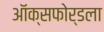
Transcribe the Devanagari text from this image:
ऑक्सफोर्डला